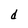
Character: d